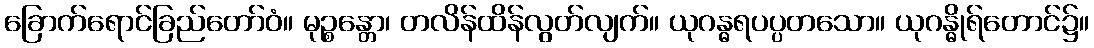
ခြောက်ရောင်ခြည်တော်ဝံ။ မုဉ္စန္တော၊ တလိန်ထိန်လွတ်လျက်။ ယုဂန္ဓရပပ္ပတသော။ ယုဂန္ဓိုရ်တောင်၌။